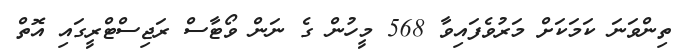
ތިންވަނަ ކަމަކަށް މަރުވެފައިވާ 568 މީހުން ގެ ނަން ވޯޓާސް ރަޖިސްޓްރީގައި އޮތް